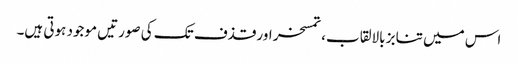
اس میں تنابز بالالقاب، تمسخر اور قذف تک کی صورتیں موجود ہوتی ہیں۔